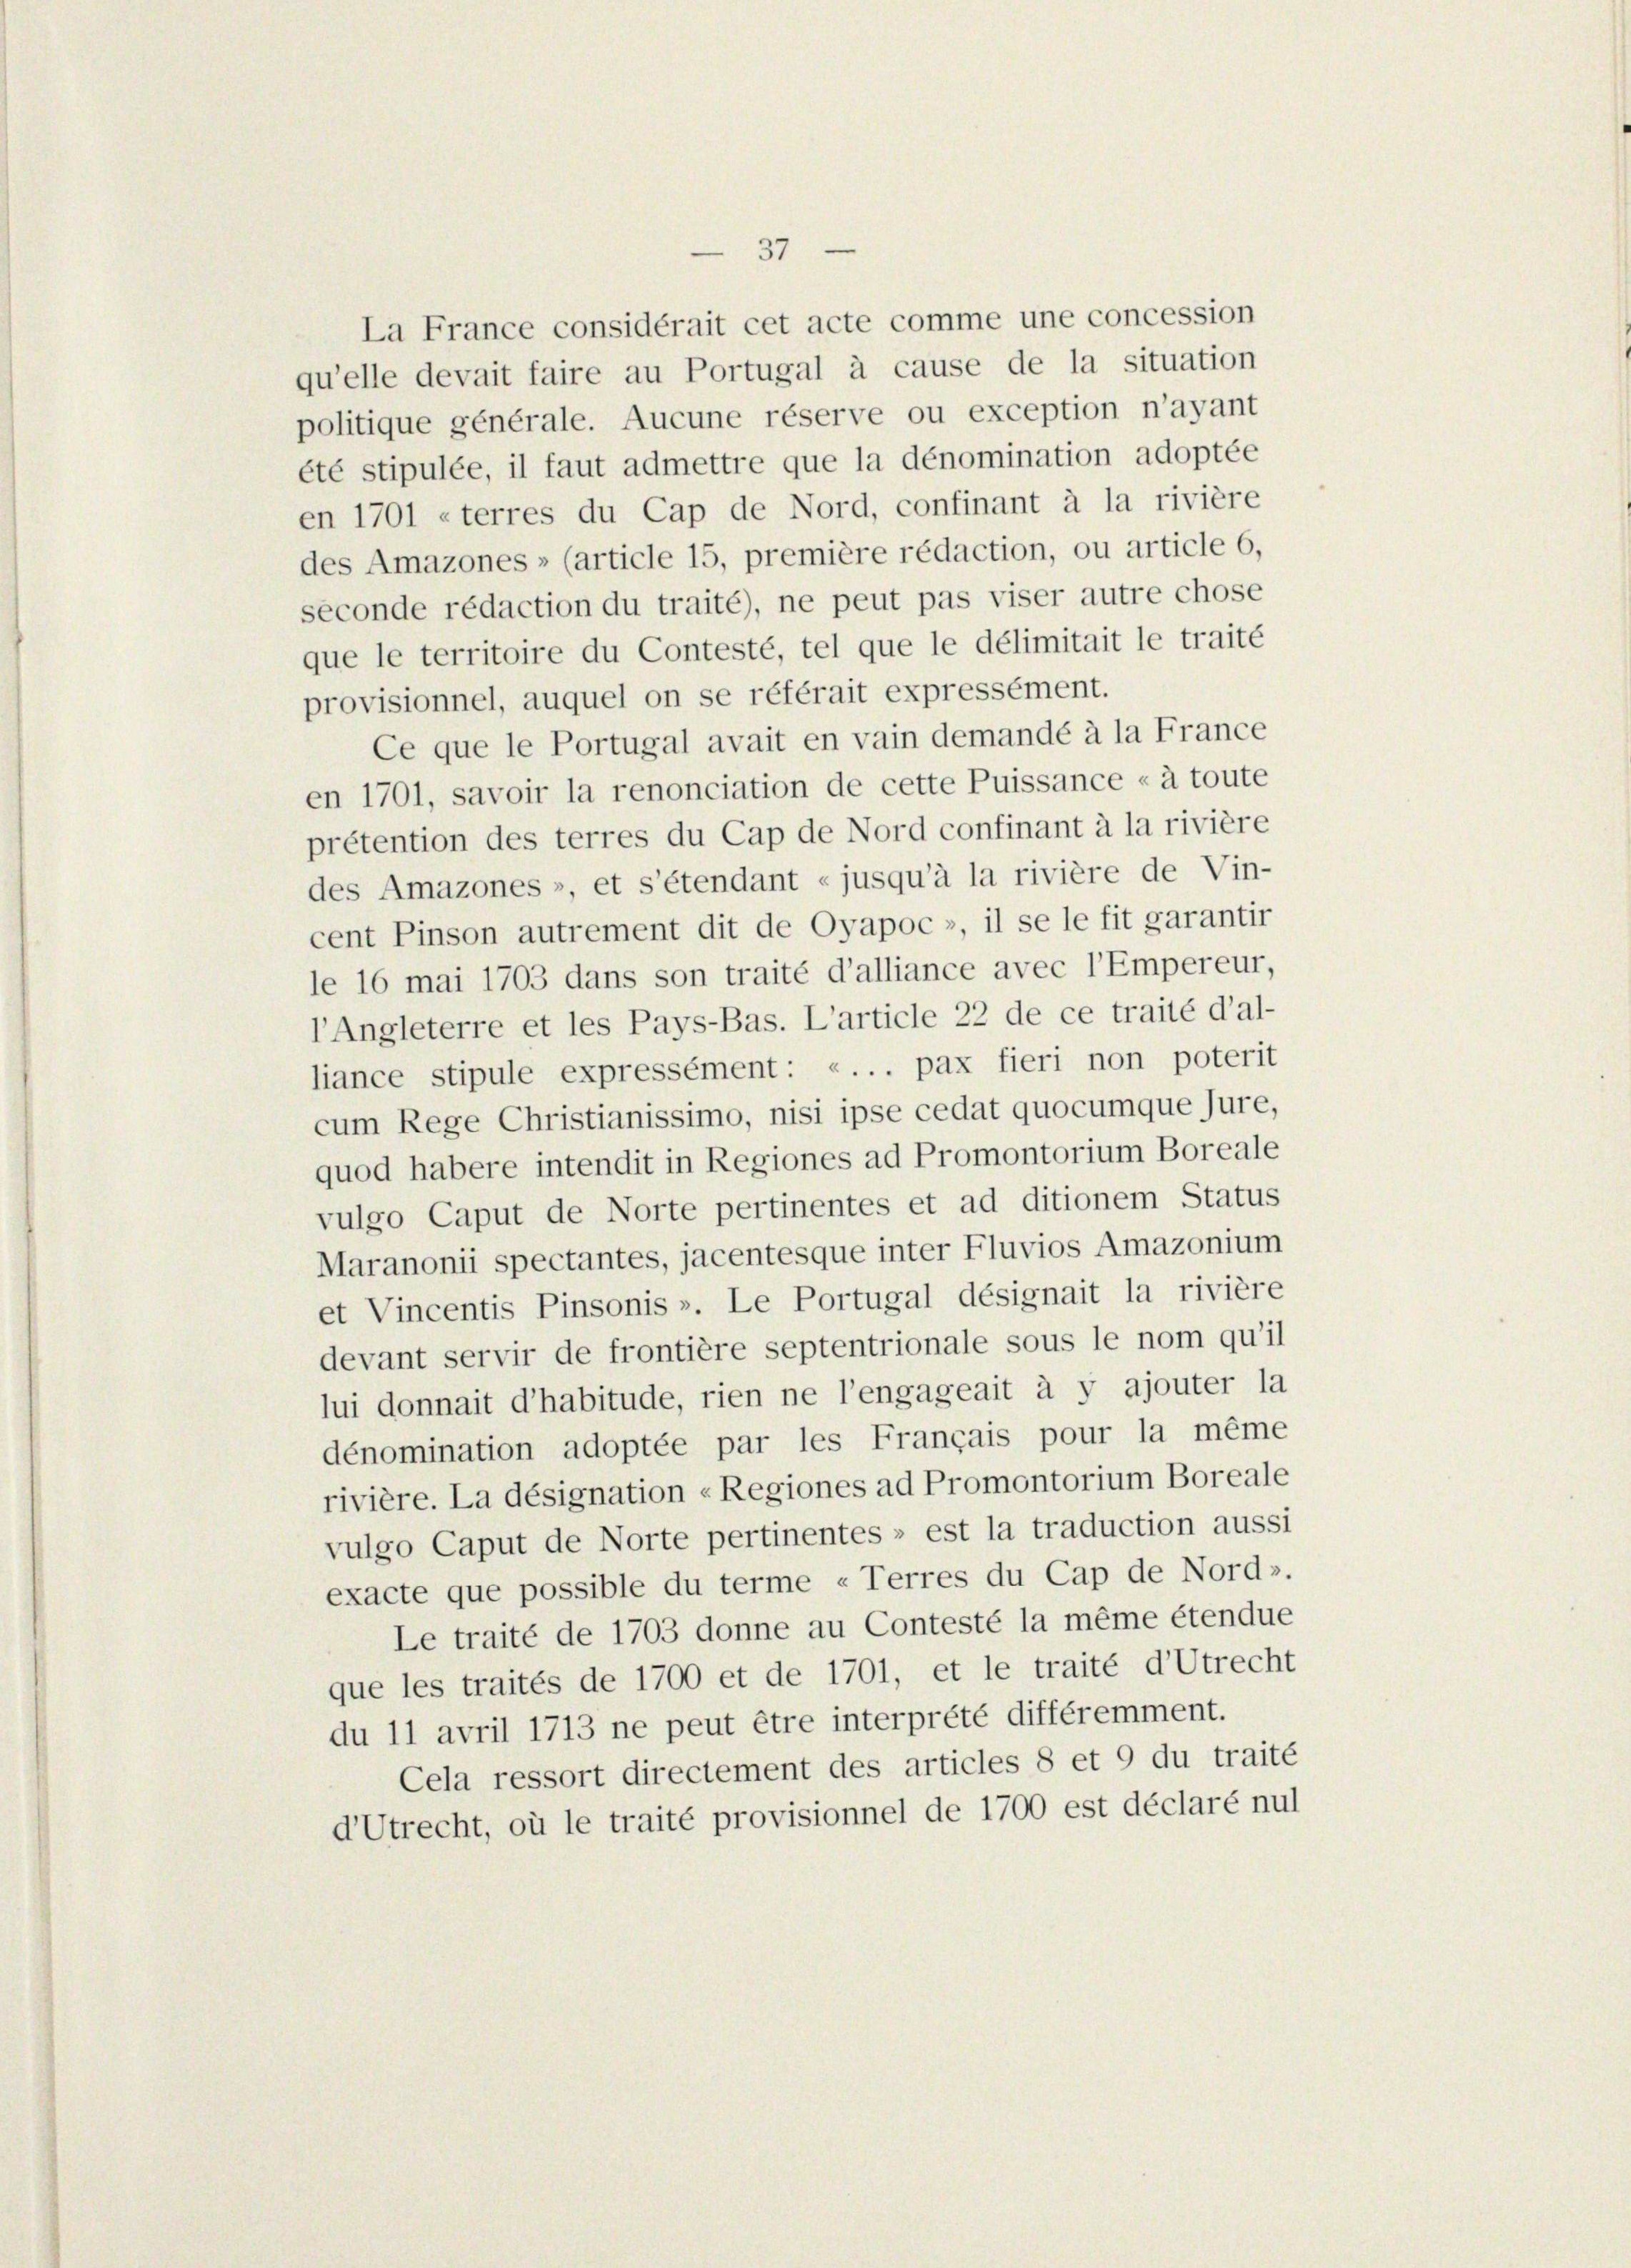
La France considérait cet acte comme une concession
qu’elle devait faire au Portugal à cause de la situation
politique générale. Aucune réserve ou exception n’ayant
été stipulée, il faut admettre que la dénomination adoptée
en 1701 «terres du Cap de Nord, confinant à la rivière
des Amazones» (article 15, première rédaction, ou article 6,
seconde rédaction du traité), ne peut pas viser autre chose
que le territoire du Contesté, tel que le délimitait le traité
provisionnel, auquel on se référait expressément.
Ce que le Portugal avait en vain demandé à la France
en 1701, savoir la renonciation de cette Puissance « à toute
prétention des terres du Cap de Nord confinant à la rivière
des Amazones », et s’étendant «jusqu’à la rivière de Vin-
cent Pinson autrement dit de Oyapoc», il se le fit garantir
le 16 mai 1703 dans son traité d’alliance avec l’Empereur,
l’Angleterre et les Pays-Bas. L’article 22 de ce traité d’al-
liance stipule expressément: «... pax fieri non poterit
cum Rege Christianissimo, nisi ipse cedat quocumque jure,
quod habere intendit in Regiones ad Promontorium Boreale
vulgo Caput de Norte pertinentes et ad ditionem Status
Maranonii spectantes, jacentesque inter Fluvios Amazonium
et Vincentis Pinsonis ». Le Portugal désignait la rivière
devant servir de frontière septentrionale sous le nom qu’il
lui donnait d’habitude, rien ne l’engageait à y ajouter la
dénomination adoptée par les Français pour la même
rivière. La désignation «Regiones ad Promentorium Boreale
vulgo Caput de Norte pertinentes » est la traduction aussi
exacte que possible du terme « Terres du Cap de Nord».
Le traité de 1703 donne au Contesté la même étendue
que les traités de 1700 et de 1701, et le traité d’Utrecht
du 11 avril 1713 ne peut être interprété différemment.
Cela ressort directement des articles 8 et 9 du traité
d’Utrecht, où le traité provisionnel de 1700 est déclaré nul